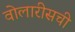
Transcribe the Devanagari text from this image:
वोलारीसची